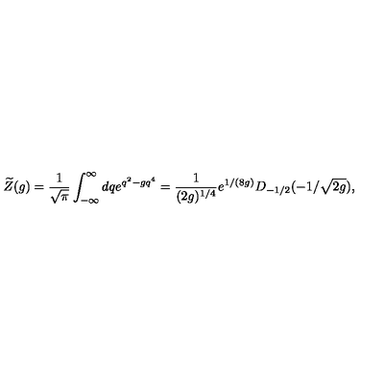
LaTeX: \widetilde Z ( g ) = { \frac { 1 } { \sqrt { \pi } } } \int _ { - \infty } ^ { \infty } d q e ^ { q ^ { 2 } - g q ^ { 4 } } = { \frac { 1 } { ( 2 g ) ^ { 1 / 4 } } } e ^ { 1 / ( 8 g ) } D _ { - 1 / 2 } ( - 1 / \sqrt { 2 g } ) ,